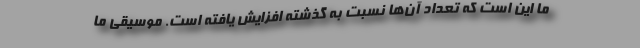
ما این است که تعداد آن‌ها نسبت به گذشته افزایش یافته است. موسیقی ما